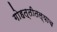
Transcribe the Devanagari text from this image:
गोहत्तीतल्याच